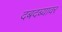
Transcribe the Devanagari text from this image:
दबदब्यावर